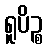
ရူပိဉ္စ